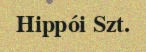
Hippói Szt.